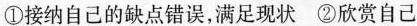
①接纳自己的缺点错误，满足现状 ②欣赏自己